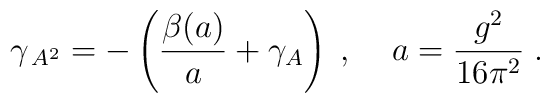
\gamma _{\,A^{2}}=-\left( \frac{\beta (a)}{a}+\gamma _{A}\right)\;,\;\;\;\;a=\frac{g^{2}}{16\pi ^{2}}\;.